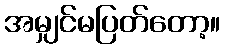
အမျှင်မပြတ်တော့။